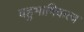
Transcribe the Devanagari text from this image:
बहुभाषिकत्व